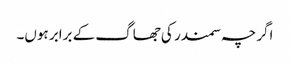
اگرچہ سمندر کی جھاگ کے برابر ہوں۔